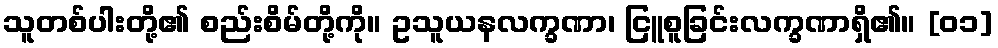
သူတစ်ပါးတို့၏ စည်းစိမ်တို့ကို။ ဥသူယနလက္ခဏာ၊ ငြူစူခြင်းလက္ခဏာရှိ၏။ [၀၁]